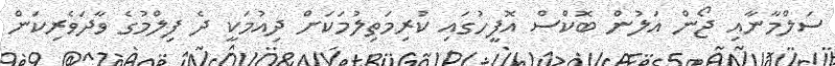
ސަލްމާނާއި ޖޯން އަލުން ބޮކްސް އޮފީހުގައި ކުރިމަތިލުމަކަށް ދިއުމަކީ ދެ ފިލްމުގެ ވާދަވެރިކަން